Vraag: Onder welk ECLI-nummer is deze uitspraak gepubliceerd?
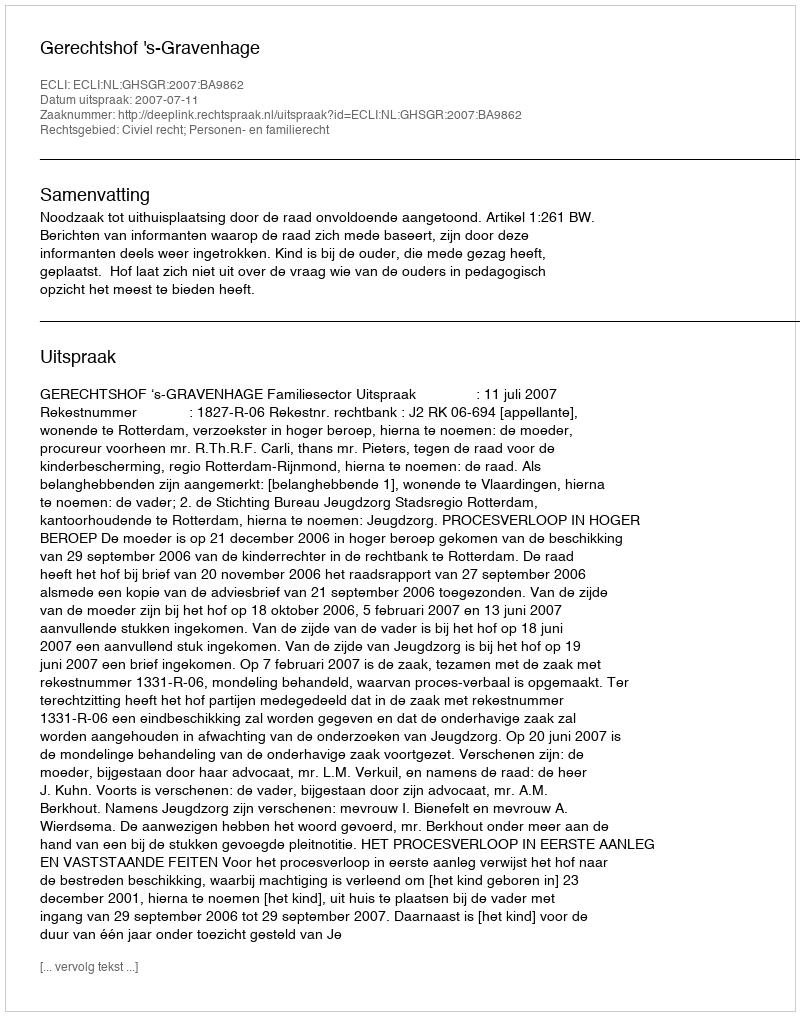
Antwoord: ECLI:NL:GHSGR:2007:BA9862